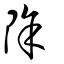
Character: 除